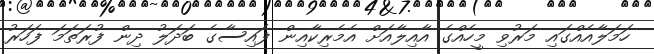
ހަމަލާއެއްގައި މަރުވި މީހެއްގެ އާއިލާއަށް އެމެރިކާއިން ފައިސާގެ ބަދަލު ދިން ފުރަތަމަ ފަހަރު